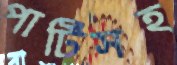
পার্টিসহ